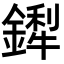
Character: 𬬁